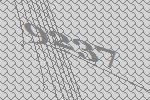
9237